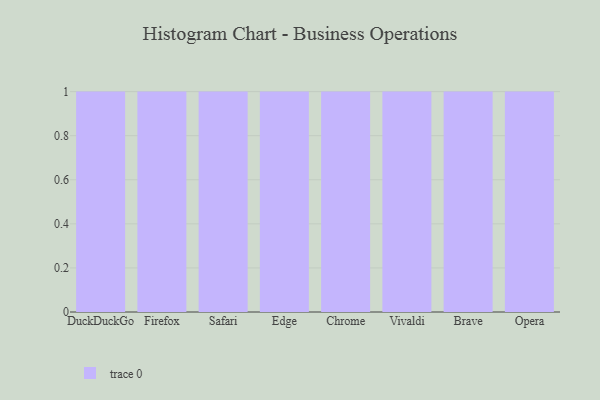
{"axis": {"x": "Browser", "y": "Conversion Rate (%)"}, "legend": [""], "data": [{"x": "DuckDuckGo", "y": 4, "type": ""}, {"x": "Firefox", "y": 27, "type": ""}, {"x": "Safari", "y": 89, "type": ""}, {"x": "Edge", "y": 99, "type": ""}, {"x": "Chrome", "y": 18, "type": ""}, {"x": "Vivaldi", "y": 89, "type": ""}, {"x": "Brave", "y": 60, "type": ""}, {"x": "Opera", "y": 76, "type": ""}]}